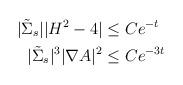
LaTeX: \begin{align*} |\tilde{\Sigma}_s||H^2-4|&\leq Ce^{-t}\\ |\tilde{\Sigma}_s|^{3}|\nabla A|^2&\leq Ce^{-3t} \end{align*}